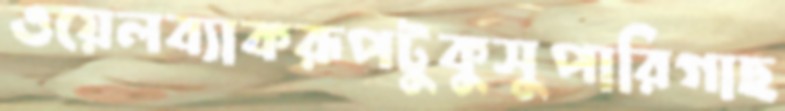
ওয়েলব্যাকরূপটুকুসুপারিগাছ